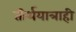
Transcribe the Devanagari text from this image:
तीर्थयात्राही